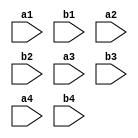
`timescale 1ns / 1ps
//////////////////////////////////////////////////////////////////////////////////
// Company: 
// Engineer: 
// 
// Design Name: 
// Module Name: lab03cc
// Project Name: 
// Target Devices: 
// Tool Versions: 
// Description: 
// 
// Dependencies: 
// 
// Revision:
// Revision 0.01 - File Created
// Additional Comments:
// 
//////////////////////////////////////////////////////////////////////////////////


module lab03cc(
    input a1,
    input b1,
    input a2,
    input b2,
    input a3,
    input b3,
    input a4,
    input b4
    );
endmodule